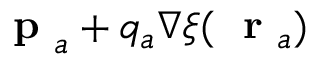
\mathrm { ~ \bf ~ p ~ } _ { a } + q _ { a } \nabla \xi ( \mathrm { ~ \bf ~ r ~ } _ { a } )